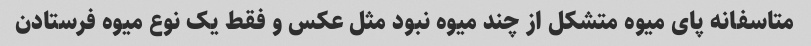
متاسفانه پای میوه متشکل از چند میوه نبود مثل عکس و فقط یک نوع میوه فرستادن